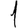
Digit: 1